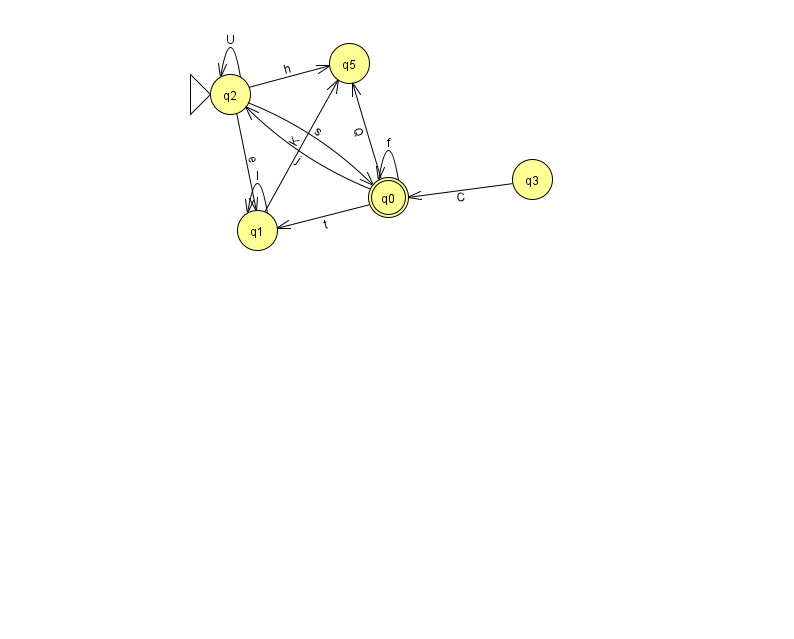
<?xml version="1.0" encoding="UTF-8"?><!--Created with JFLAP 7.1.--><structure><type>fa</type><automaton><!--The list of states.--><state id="0" name="q0"><x>388.0</x><y>184.0</y><final/></state><state id="1" name="q1"><x>257.0</x><y>217.0</y></state><state id="2" name="q2"><x>230.0</x><y>81.0</y><initial/></state><state id="3" name="q3"><x>532.0</x><y>166.0</y></state><state id="5" name="q5"><x>349.0</x><y>50.0</y></state><!--The list of transitions.--><transition><from>1</from><to>5</to><read>K</read></transition><transition><from>2</from><to>5</to><read>h</read></transition><transition><from>0</from><to>2</to><read>j</read></transition><transition><from>2</from><to>2</to><read>U</read></transition><transition><from>3</from><to>0</to><read>C</read></transition><transition><from>0</from><to>0</to><read>f</read></transition><transition><from>2</from><to>1</to><read>e</read></transition><transition><from>0</from><to>5</to><read>Q</read></transition><transition><from>0</from><to>1</to><read>t</read></transition><transition><from>1</from><to>1</to><read>I</read></transition><transition><from>2</from><to>0</to><read>s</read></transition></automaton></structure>